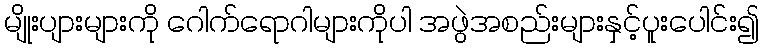
မျိုးပျားများကို ဂေါက်ရောဂါများကိုပါ အဖွဲအစည်းများနှင့်ပူးပေါင်း၍